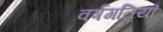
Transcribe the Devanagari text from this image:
वर्षगतियाँ